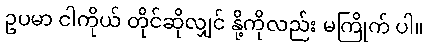
ဥပမာ ငါကိုယ် တိုင်ဆိုလျှင် နို့ကိုလည်း မကြိုက် ပါ။